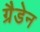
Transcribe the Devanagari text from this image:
ग्रैडेन